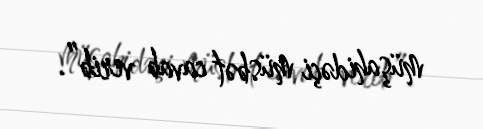
müşahidəçi müsbət cavab verib”.